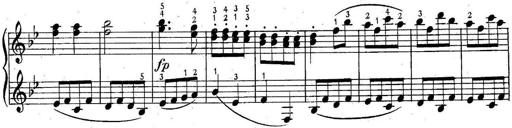
Title: 6 Easy Sonatinas
Composer: Carl Czerny